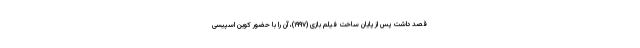
قصد داشت پس از پایان ساخت فیلم بازی (۱۹۹۷)، آن را با حضور کوین اسپیسی